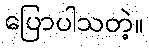
ပြောပါသတဲ့။